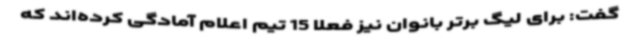
گفت: برای لیگ برتر بانوان نیز فعلاً 15 تیم اعلام آمادگی کرده‌اند که